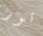
تور